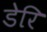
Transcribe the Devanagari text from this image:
डेरि